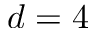
d = 4